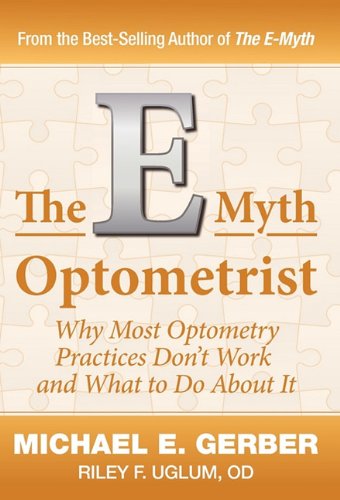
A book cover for The E-Myth Optometrist; Michael E. Gerber; Medical Books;